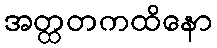
အတ္ထတကထိနော